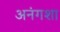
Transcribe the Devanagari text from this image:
अनंगशा